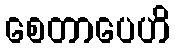
စေတာပေဟိ